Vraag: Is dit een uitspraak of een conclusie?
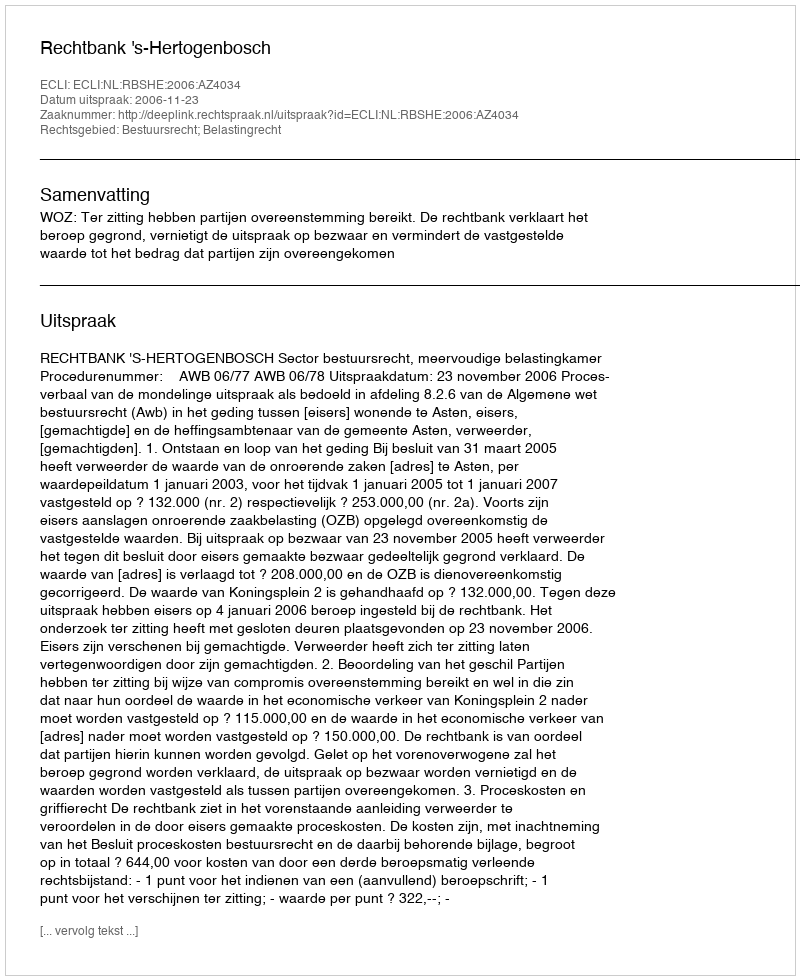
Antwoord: Uitspraak